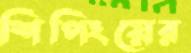
শিপিংয়ের